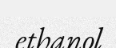
ethanol